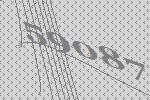
59087